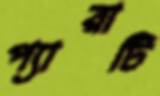
প্যারাটি